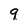
Character: 9